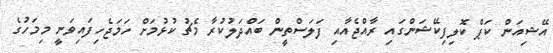
އޭޝިއަން ކަޕް ކޮލިފިކޭޝަންގައި ރާއްޖެއާއި ފަލަސްތީން ބައްދަލުކުރާ މެޗު ކުޅުމަށް ހަމަޖެހިފައިވަނީ މިމަހުގެ